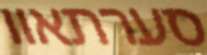
סערתאוו